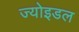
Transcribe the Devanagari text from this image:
ज्योइडल